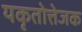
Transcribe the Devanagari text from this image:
यकृतोत्तेजक